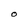
Character: O